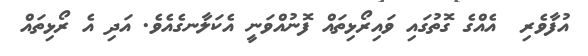
އުފާވެރި  އެއްގެ ގޮތުގައި ވައިރޯޅިތައް ފޮނުއްވަނީ އެކަލާނގެއެވެ. އަދި އެ ރޯޅިތައް